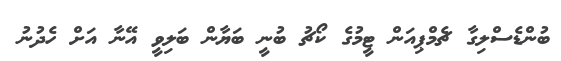
ބުންޑެސްލިގާ ޗެމްޕިއަން ޓީމުގެ ކޯޗު ބުނީ ބަޔާން ބަލިވީ އޭނާ އަށް ހެދުނު